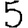
Digit: 5